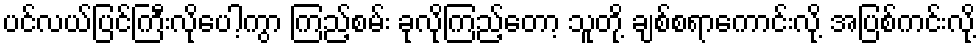
ပင်လယ်ပြင်ကြီးလိုပေါ့ကွာ ကြည့်စမ်း ခုလိုကြည့်တော့ သူတို့ ချစ်စရာကောင်းလို့ အပြစ်ကင်းလို့